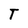
Character: T